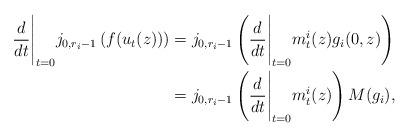
LaTeX: \begin{align*} \frac{d}{dt}\Bigg|_{t=0} j_{0,r_i-1}\left( f(u_t(z)) \right) &= j_{0,r_i-1}\left(\frac{d}{dt}\Bigg|_{t=0}m^i_t(z) g_i(0,z)\right)\\ &= j_{0,r_i-1}\left(\frac{d}{dt}\Bigg|_{t=0}m^i_t(z)\right)M(g_i),\end{align*}